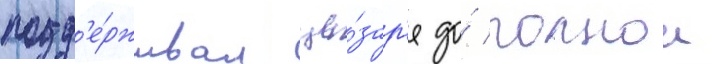
подд'е́рживал це́зар'я до́ полнои